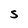
Character: S